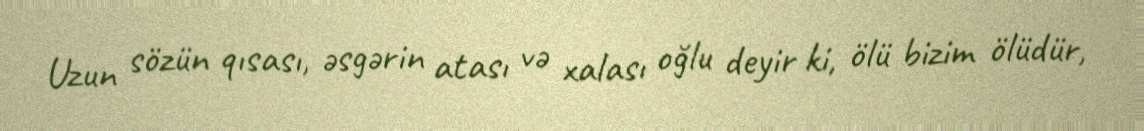
Uzun sözün qısası, əsgərin atası və xalası oğlu deyir ki, ölü bizim ölüdür,